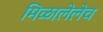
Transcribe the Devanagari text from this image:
मिळालेलेच